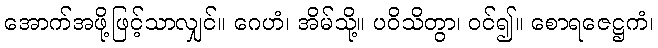
အောက်အဖို့ဖြင့်သာလျှင်။ ဂေဟံ၊ အိမ်သို့။ ပဝိသိတွာ၊ ဝင်၍။ စောရဇေဋ္ဌကံ၊